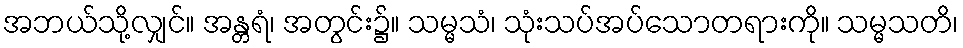
အဘယ်သို့လျှင်။ အန္တရံ၊ အတွင်း၌။ သမ္မသံ၊ သုံးသပ်အပ်သောတရားကို။ သမ္မသတိ၊